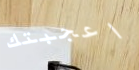
اعجبتك